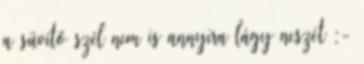
a süvítő szél nem is annyira lágy neszét :-